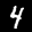
Label: 4